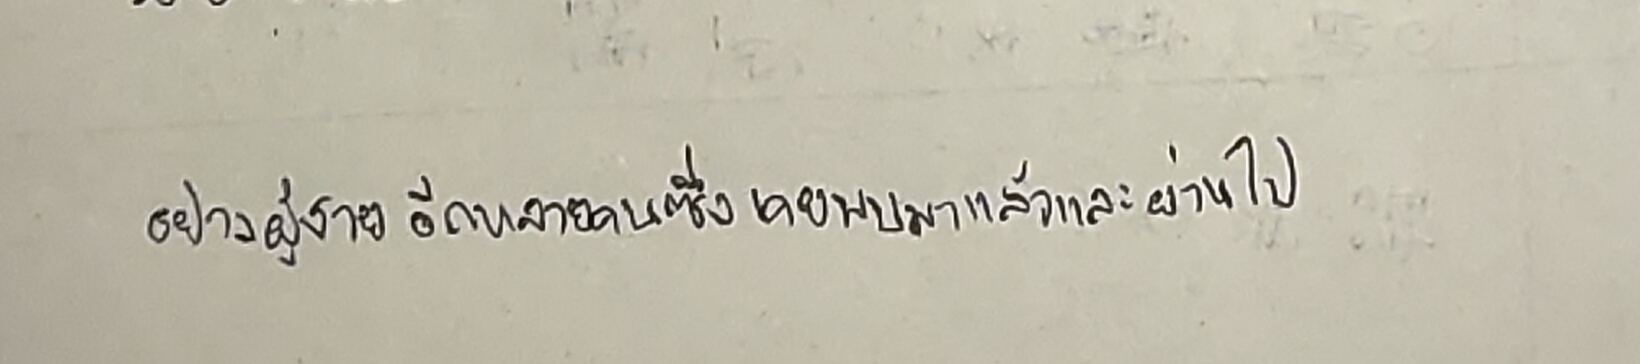
อย่างผู้ชายอีกหลายคนซึ่งเคยพบมาแล้วและผ่านไป